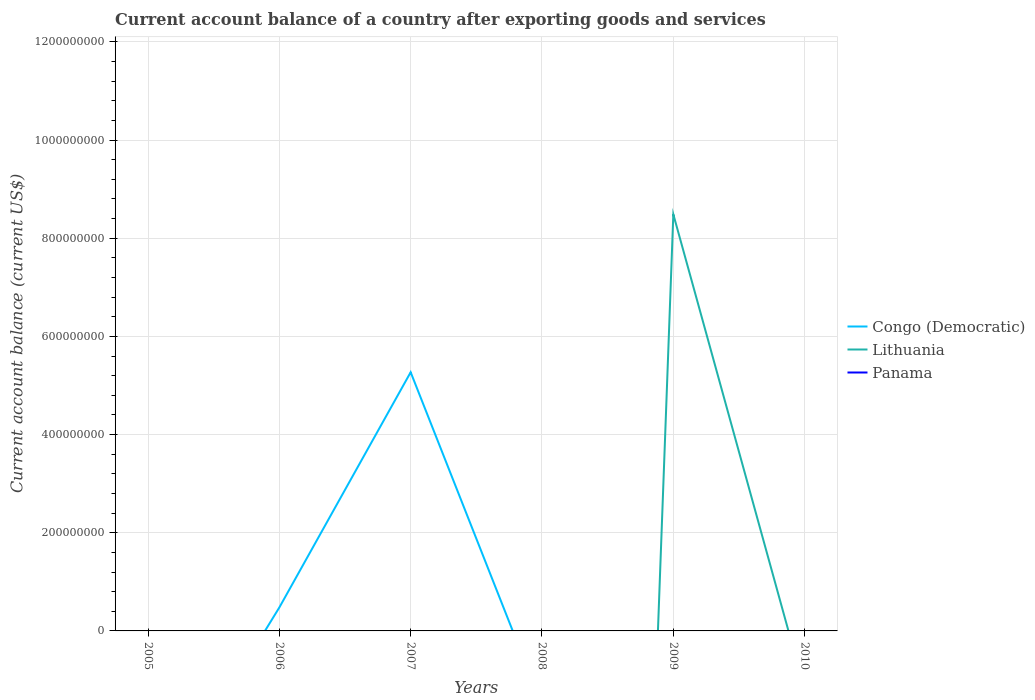
| Years | Congo (Democratic) | Lithuania | Panama |
 | --- | --- | --- | --- |
 | 2005 | -3.89e+08 | -1.87e+09 | -1.02e+09 |
 | 2006 | 4.78e+07 | -3.14e+09 | -4.48e+08 |
 | 2007 | 5.27e+08 | -5.81e+09 | -1.41e+09 |
 | 2008 | -1.51e+08 | -6.39e+09 | -2.6e+09 |
 | 2009 | -1.12e+09 | 8.49e+08 | -1.63e+08 |
 | 2010 | -2.17e+09 | -1.19e+08 | -3.08e+09 |